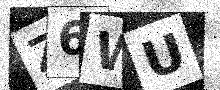
Text: Z6WU